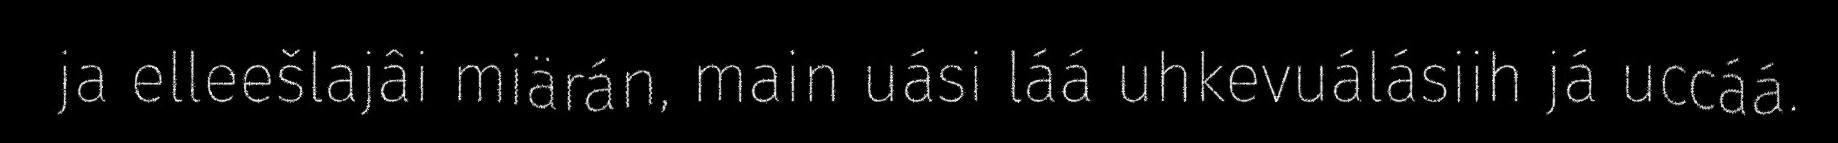
ja elleešlajâi miärán, main uási láá uhkevuálásiih já uccáá.